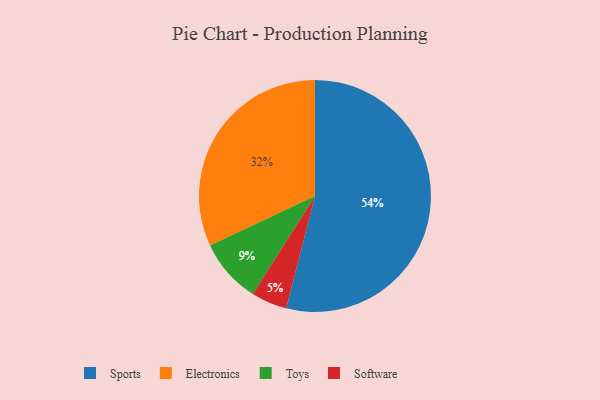
{"axis": {"x": "Category", "y": "Percentage"}, "legend": ["Electronics", "Software", "Sports", "Toys"], "data": [{"x": "Electronics", "y": 32, "type": "Electronics"}, {"x": "Toys", "y": 9, "type": "Toys"}, {"x": "Software", "y": 5, "type": "Software"}, {"x": "Sports", "y": 54, "type": "Sports"}]}